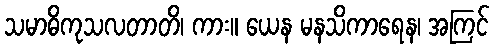
သမာဓိကုသလတာတိ၊ ကား။ ယေန မနသိကာရေန၊ အကြင်